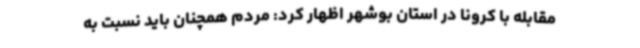
مقابله با کرونا در استان بوشهر اظهار کرد: مردم همچنان باید نسبت به